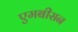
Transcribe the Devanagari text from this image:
एमबीसन